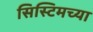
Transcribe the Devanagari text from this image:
सिस्टिमच्या